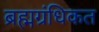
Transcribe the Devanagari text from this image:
ब्रह्मग्रंधिकत